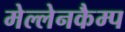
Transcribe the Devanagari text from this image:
मेल्लेनकैम्प